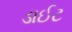
ડાઈટ